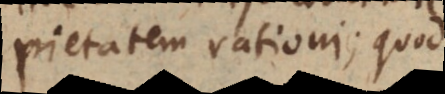
pietatem rationi; quod